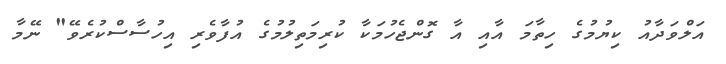
އަލްވަދާއު ކިޔުމުގެ ހިތާމަ އާއި އާ ގޮންޖެހުމަކާ ކުރިމަތިލުމުގެ އުފާވެރި އިހުސާސްކުރެވޭ" ނޭމާ